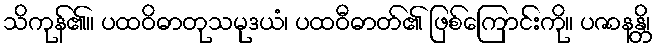
သိကုန်၏။ ပထဝိဓာတုသမုဒယံ၊ ပထဝီဓာတ်၏ ဖြစ်ကြောင်းကို။ ပဇာနန္တိ၊